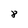
Character: 8